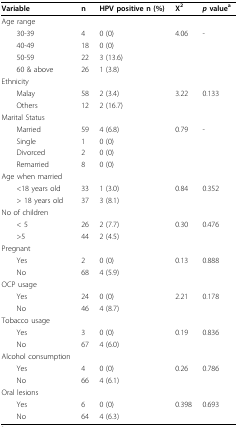
<table><thead><tr><td><b>Variable</b></td><td><b>n</b></td><td><b>HPV positive n (%)</b></td><td><b>X<sup>2</sup></b></td><td><b><i>p </i>value<sup>a</sup></b></td></tr></thead><tbody><tr><td>Age range</td><td></td><td></td><td></td><td></td></tr><tr><td> 30-39</td><td>4</td><td>0 (0)</td><td>4.06</td><td>-</td></tr><tr><td> 40-49</td><td>18</td><td>0 (0)</td><td></td><td></td></tr><tr><td> 50-59</td><td>22</td><td>3 (13.6)</td><td></td><td></td></tr><tr><td> 60 &amp; above</td><td>26</td><td>1 (3.8)</td><td></td><td></td></tr><tr><td>Ethnicity</td><td></td><td></td><td></td><td></td></tr><tr><td> Malay</td><td>58</td><td>2 (3.4)</td><td>3.22</td><td>0.133</td></tr><tr><td> Others</td><td>12</td><td>2 (16.7)</td><td></td><td></td></tr><tr><td>Marital Status</td><td></td><td></td><td></td><td></td></tr><tr><td> Married</td><td>59</td><td>4 (6.8)</td><td>0.79</td><td>-</td></tr><tr><td> Single</td><td>1</td><td>0 (0)</td><td></td><td></td></tr><tr><td> Divorced</td><td>2</td><td>0 (0)</td><td></td><td></td></tr><tr><td> Remarried</td><td>8</td><td>0 (0)</td><td></td><td></td></tr><tr><td>Age when married</td><td></td><td></td><td></td><td></td></tr><tr><td> &lt;18 years old</td><td>33</td><td>1 (3.0)</td><td>0.84</td><td>0.352</td></tr><tr><td> &gt; 18 years old</td><td>37</td><td>3 (8.1)</td><td></td><td></td></tr><tr><td>No of children</td><td></td><td></td><td></td><td></td></tr><tr><td> &lt; 5</td><td>26</td><td>2 (7.7)</td><td>0.30</td><td>0.476</td></tr><tr><td> &gt;5</td><td>44</td><td>2 (4.5)</td><td></td><td></td></tr><tr><td>Pregnant</td><td></td><td></td><td></td><td></td></tr><tr><td> Yes</td><td>2</td><td>0 (0)</td><td>0.13</td><td>0.888</td></tr><tr><td> No</td><td>68</td><td>4 (5.9)</td><td></td><td></td></tr><tr><td>OCP usage</td><td></td><td></td><td></td><td></td></tr><tr><td> Yes</td><td>24</td><td>0 (0)</td><td>2.21</td><td>0.178</td></tr><tr><td> No</td><td>46</td><td>4 (8.7)</td><td></td><td></td></tr><tr><td>Tobacco usage</td><td></td><td></td><td></td><td></td></tr><tr><td> Yes</td><td>3</td><td>0 (0)</td><td>0.19</td><td>0.836</td></tr><tr><td> No</td><td>67</td><td>4 (6.0)</td><td></td><td></td></tr><tr><td>Alcohol consumption</td><td></td><td></td><td></td><td></td></tr><tr><td> Yes</td><td>4</td><td>0 (0)</td><td>0.26</td><td>0.786</td></tr><tr><td> No</td><td>66</td><td>4 (6.1)</td><td></td><td></td></tr><tr><td>Oral lesions</td><td></td><td></td><td></td><td></td></tr><tr><td> Yes</td><td>6</td><td>0 (0)</td><td>0.398</td><td>0.693</td></tr><tr><td> No</td><td>64</td><td>4 (6.3)</td><td></td><td></td></tr></tbody></table>